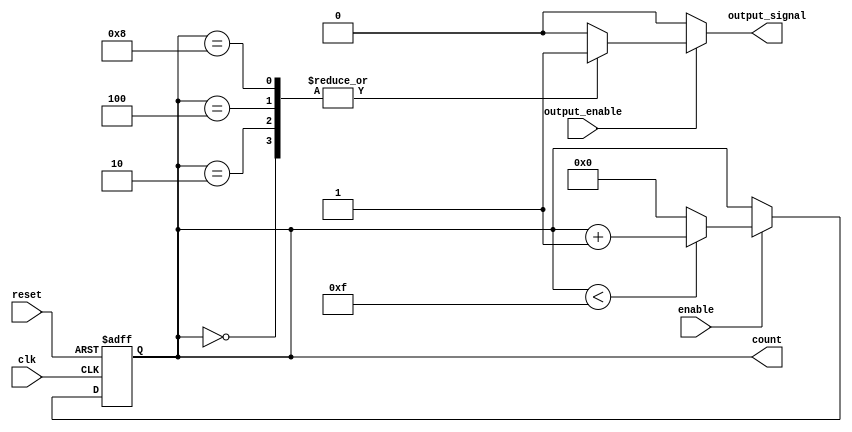
module SynchronousCounter (
    input wire clk,           // Clock input
    input wire reset,         // Asynchronous reset input
    input wire enable,        // Enable input for counting
    input wire output_enable, // Output enable signal
    output reg [3:0] count,   // 4-bit counter output
    output reg output_signal   // Conditional output signal
);

// Define maximum count value (15 for a 4-bit counter)
parameter MAX_COUNT = 4'b1111;

// Asynchronous reset and synchronous counting
always @(posedge clk or posedge reset) begin
    if (reset) begin
        count <= 4'b0000; // Reset the counter to 0
    end else if (enable) begin
        // Increment the counter with wrap-around
        if (count < MAX_COUNT)
            count <= count + 1'b1;
        else
            count <= 4'b0000; // Wrap around to 0
    end
end

// Output control logic
always @(*) begin
    if (output_enable) begin
        // Conditional output based on the current count value
        case (count)
            4'b0000: output_signal = 1'b1; // Example condition for count 0
            4'b0010: output_signal = 1'b1; // Example condition for count 2
            4'b0100: output_signal = 1'b1; // Example condition for count 4
            4'b1000: output_signal = 1'b1; // Example condition for count 8
            default: output_signal = 1'b0;  // Default case
        endcase
    end else begin
        output_signal = 1'b0; // Hold output inactive when output_enable is low
    end
end

endmodule